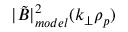
| \tilde { B } | _ { m o d e l } ^ { 2 } ( k _ { \perp } \rho _ { p } )